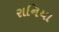
રાનિયા